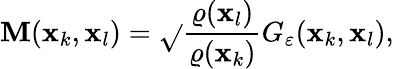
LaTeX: \mathbf{M}(\mathbf{{x}}_{k},\mathbf{{x}}_{l})=\sqrt{}{{\frac{{\varrho(\mathbf{{x}}_{l})}}{{\varrho(\mathbf{{x}}_{k})}}}}G_{\varepsilon}(\mathbf{{x}}_{k},\mathbf{{x}}_{l}),